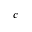
c